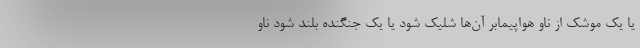
یا یک موشک از ناو هواپیمابر آن‌ها شلیک شود یا یک جنگنده بلند شود ناو